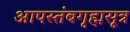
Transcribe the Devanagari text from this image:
आपस्तंबगृह्मसूत्र